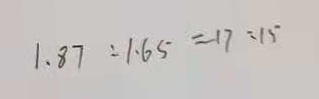
1 . 8 7 : 1 . 6 5 = 1 7 : 1 5